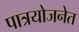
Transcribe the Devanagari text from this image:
पात्रयोजनेत